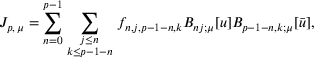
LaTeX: J _ { p , \, \mu } = \sum _ { n = 0 } ^ { p - 1 } \sum _ { { \scriptstyle j \le n } \atop { \scriptstyle k \le p - 1 - n } } f _ { n , j , p - 1 - n , k } B _ { n j ; \mu } [ u ] B _ { p - 1 - n , k ; \mu } [ \bar { u } ] ,